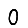
Digit: 0